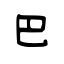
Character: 巴